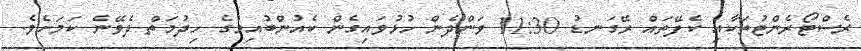
ރެސްޓޯރެންޓުތަކާއި ކެފޭތައް ރޭގަނޑު 11:30 ވަންދެން ހުޅުވައިގެން ކެއުންބުއިމުގެ ހިދުމަތް ދެވޭނެ ކަމަށެވެ.